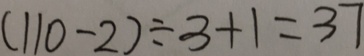
( 1 1 0 - 2 ) \div 3 + 1 = 3 7